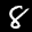
Label: 8